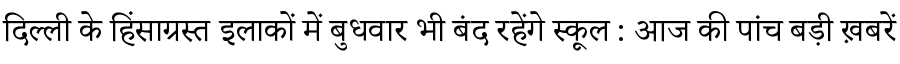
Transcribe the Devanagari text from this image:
दिल्ली के हिंसाग्रस्त इलाकों में बुधवार भी बंद रहेंगे स्कूल : आज की पांच बड़ी ख़बरें